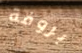
بروفة